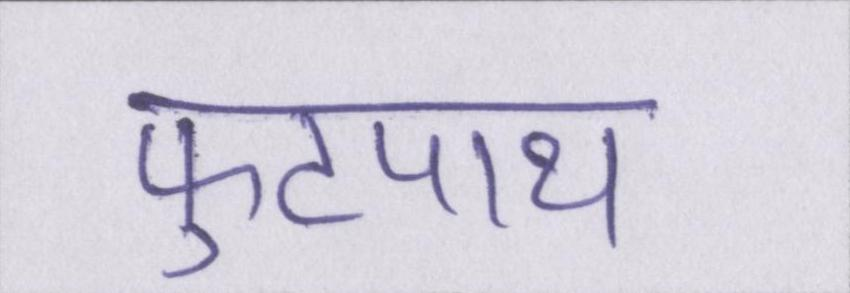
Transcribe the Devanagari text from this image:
फुटपाथ